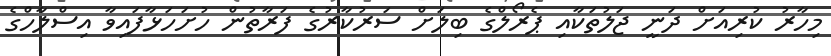
މިހާރު ކުރިއަށް ދަނީ ޖަލުތަކާއި ޕެރޯލްގެ ބިލަށް ސަރުކާރުގެ ފަރާތުން ހުށަހަޅާފައިވާ އިސްލާހްގެ